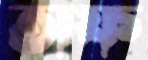
অফ